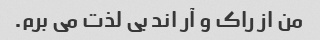
من از راک و آر اند بی لذت می برم.